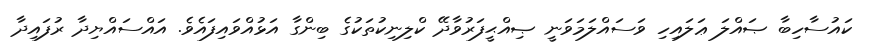
ކައުސާހިބާ ޞައްލަ ޢަލައިހި ވަސައްލަމަވަނީ ޞިއްޙީފަރުވާދޭ ކްލިނިކުތަކުގެ ބިންގާ އަޅުއްވައިފައެވެ. އައްސައްޔިދާ ރުފައިދާ